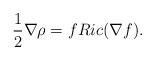
LaTeX: \begin{align*}\frac{1}{2}\nabla\rho=fRic(\nabla f).\end{align*}